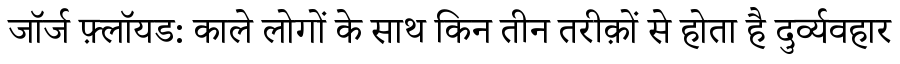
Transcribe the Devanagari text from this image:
जॉर्ज फ़्लॉयड: काले लोगों के साथ किन तीन तरीक़ों से होता है दुर्व्यवहार